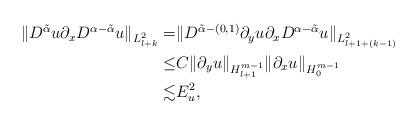
LaTeX: \begin{align*}\begin{aligned}\Vert D^{\tilde{\alpha}}u\partial_x D^{\alpha-\tilde{\alpha}}u\Vert_{L^2_{l+k}}=&\Vert D^{\tilde{\alpha}-(0,1)}\partial_y u\partial_x D^{\alpha-\tilde{\alpha}}u\Vert_{L^2_{l+1+(k-1)}}\\\leq & C\Vert \partial_y u\Vert_{H^{m-1}_{l+1}}\Vert \partial_x u\Vert_{H^{m-1}_0}\\\lesssim & E_u^2,\end{aligned}\end{align*}